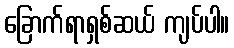
ခြောက်ရာရှစ်ဆယ် ကျပ်ပါ။